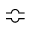
\Bumpeq